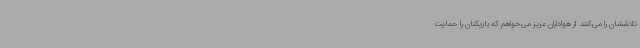
تلاششان را می‌کنند. از هواداران عزیز می‌خواهم که بازیکنان را حمایت